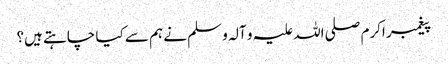
پیغمبر اکرم صلی اللہ علیہ و آلہ و سلم نے ہم سے کیا چاہتے ہیں؟